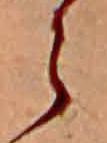
ら